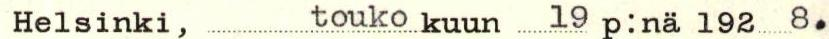
Helsinki, toukokuun 19 p:nä 1928.